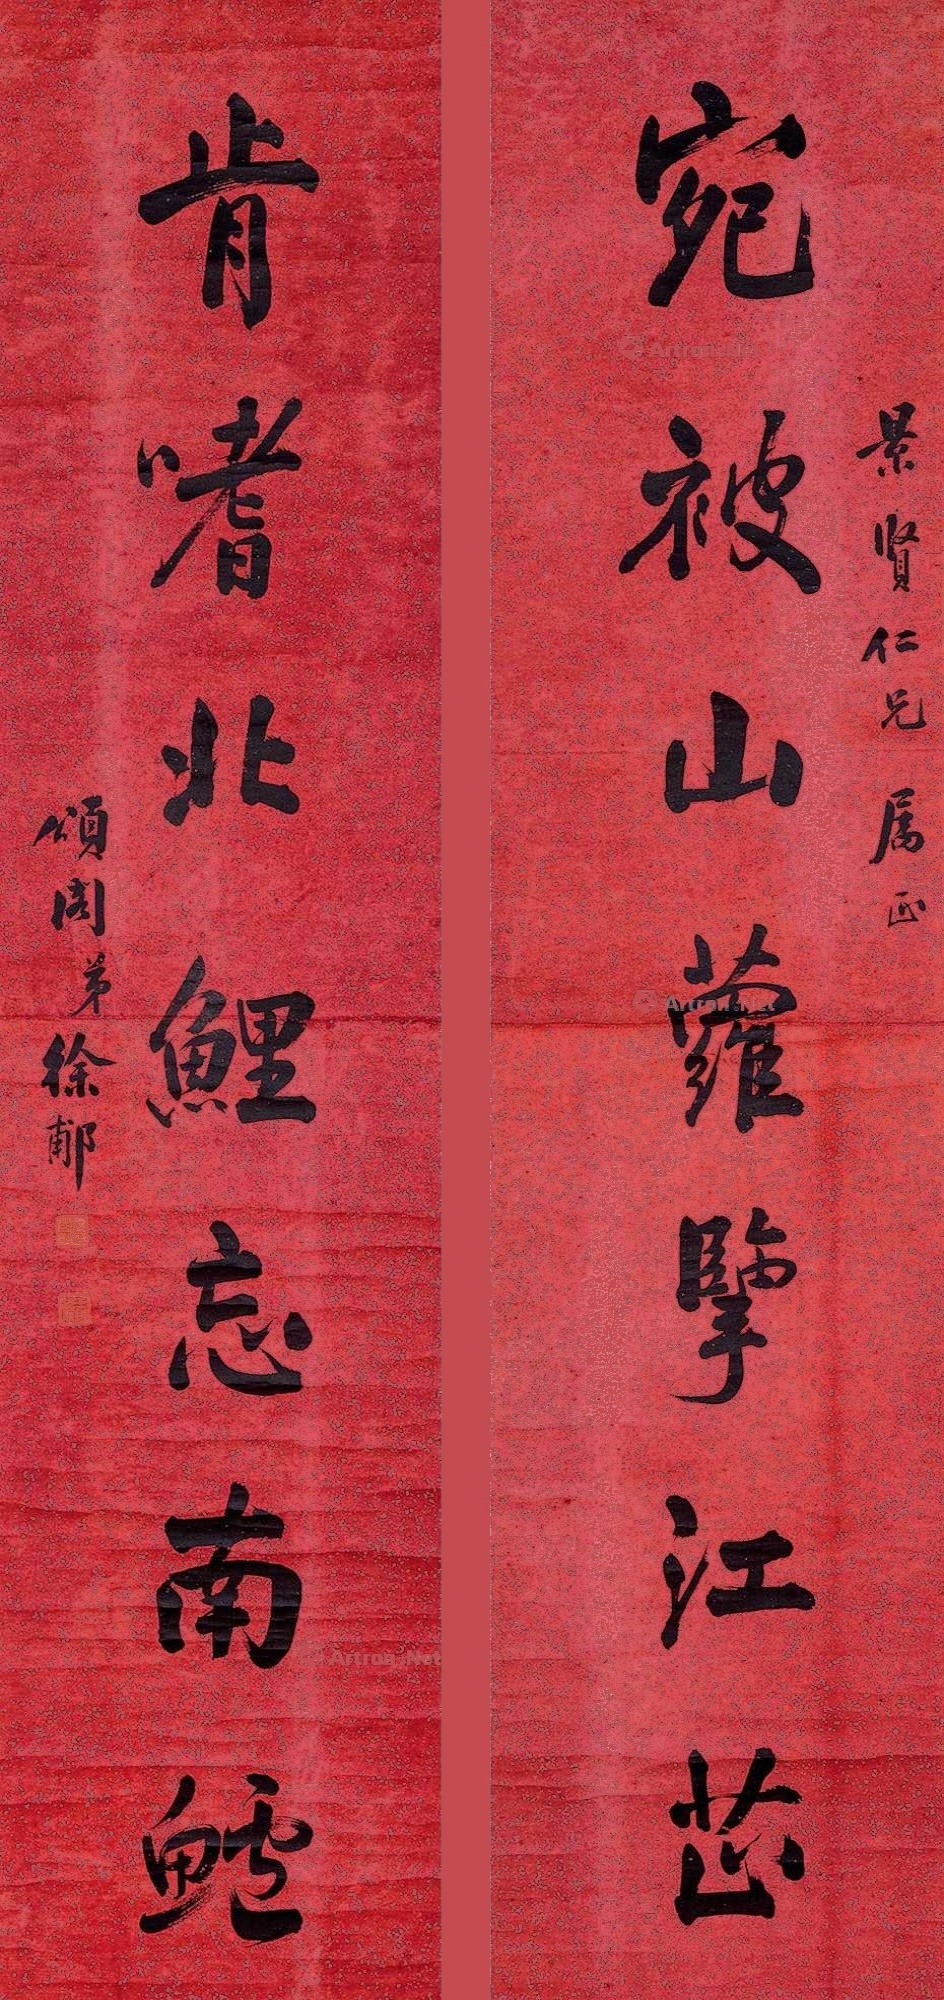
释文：宛被山萝揽江芷，肯嗜北鲤忘南鲈。景贤仁兄属正，颂阁弟徐郙。